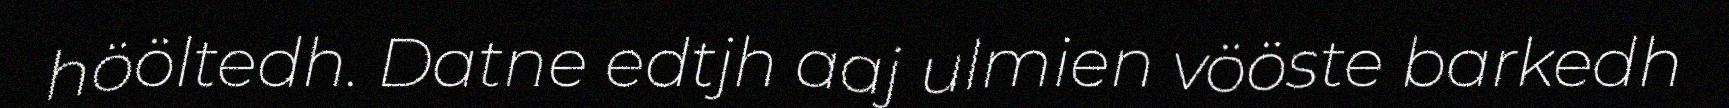
hööltedh. Datne edtjh aaj ulmien vööste barkedh